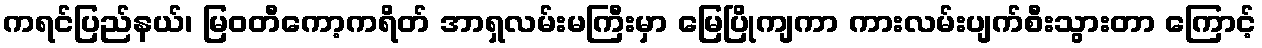
ကရင်ပြည်နယ်၊ မြဝတီကော့ကရိတ် အာရှလမ်းမကြီးမှာ မြေပြိုကျကာ ကားလမ်းပျက်စီးသွားတာ ကြောင့်